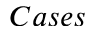
C a s e s